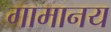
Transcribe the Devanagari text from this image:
गामानय